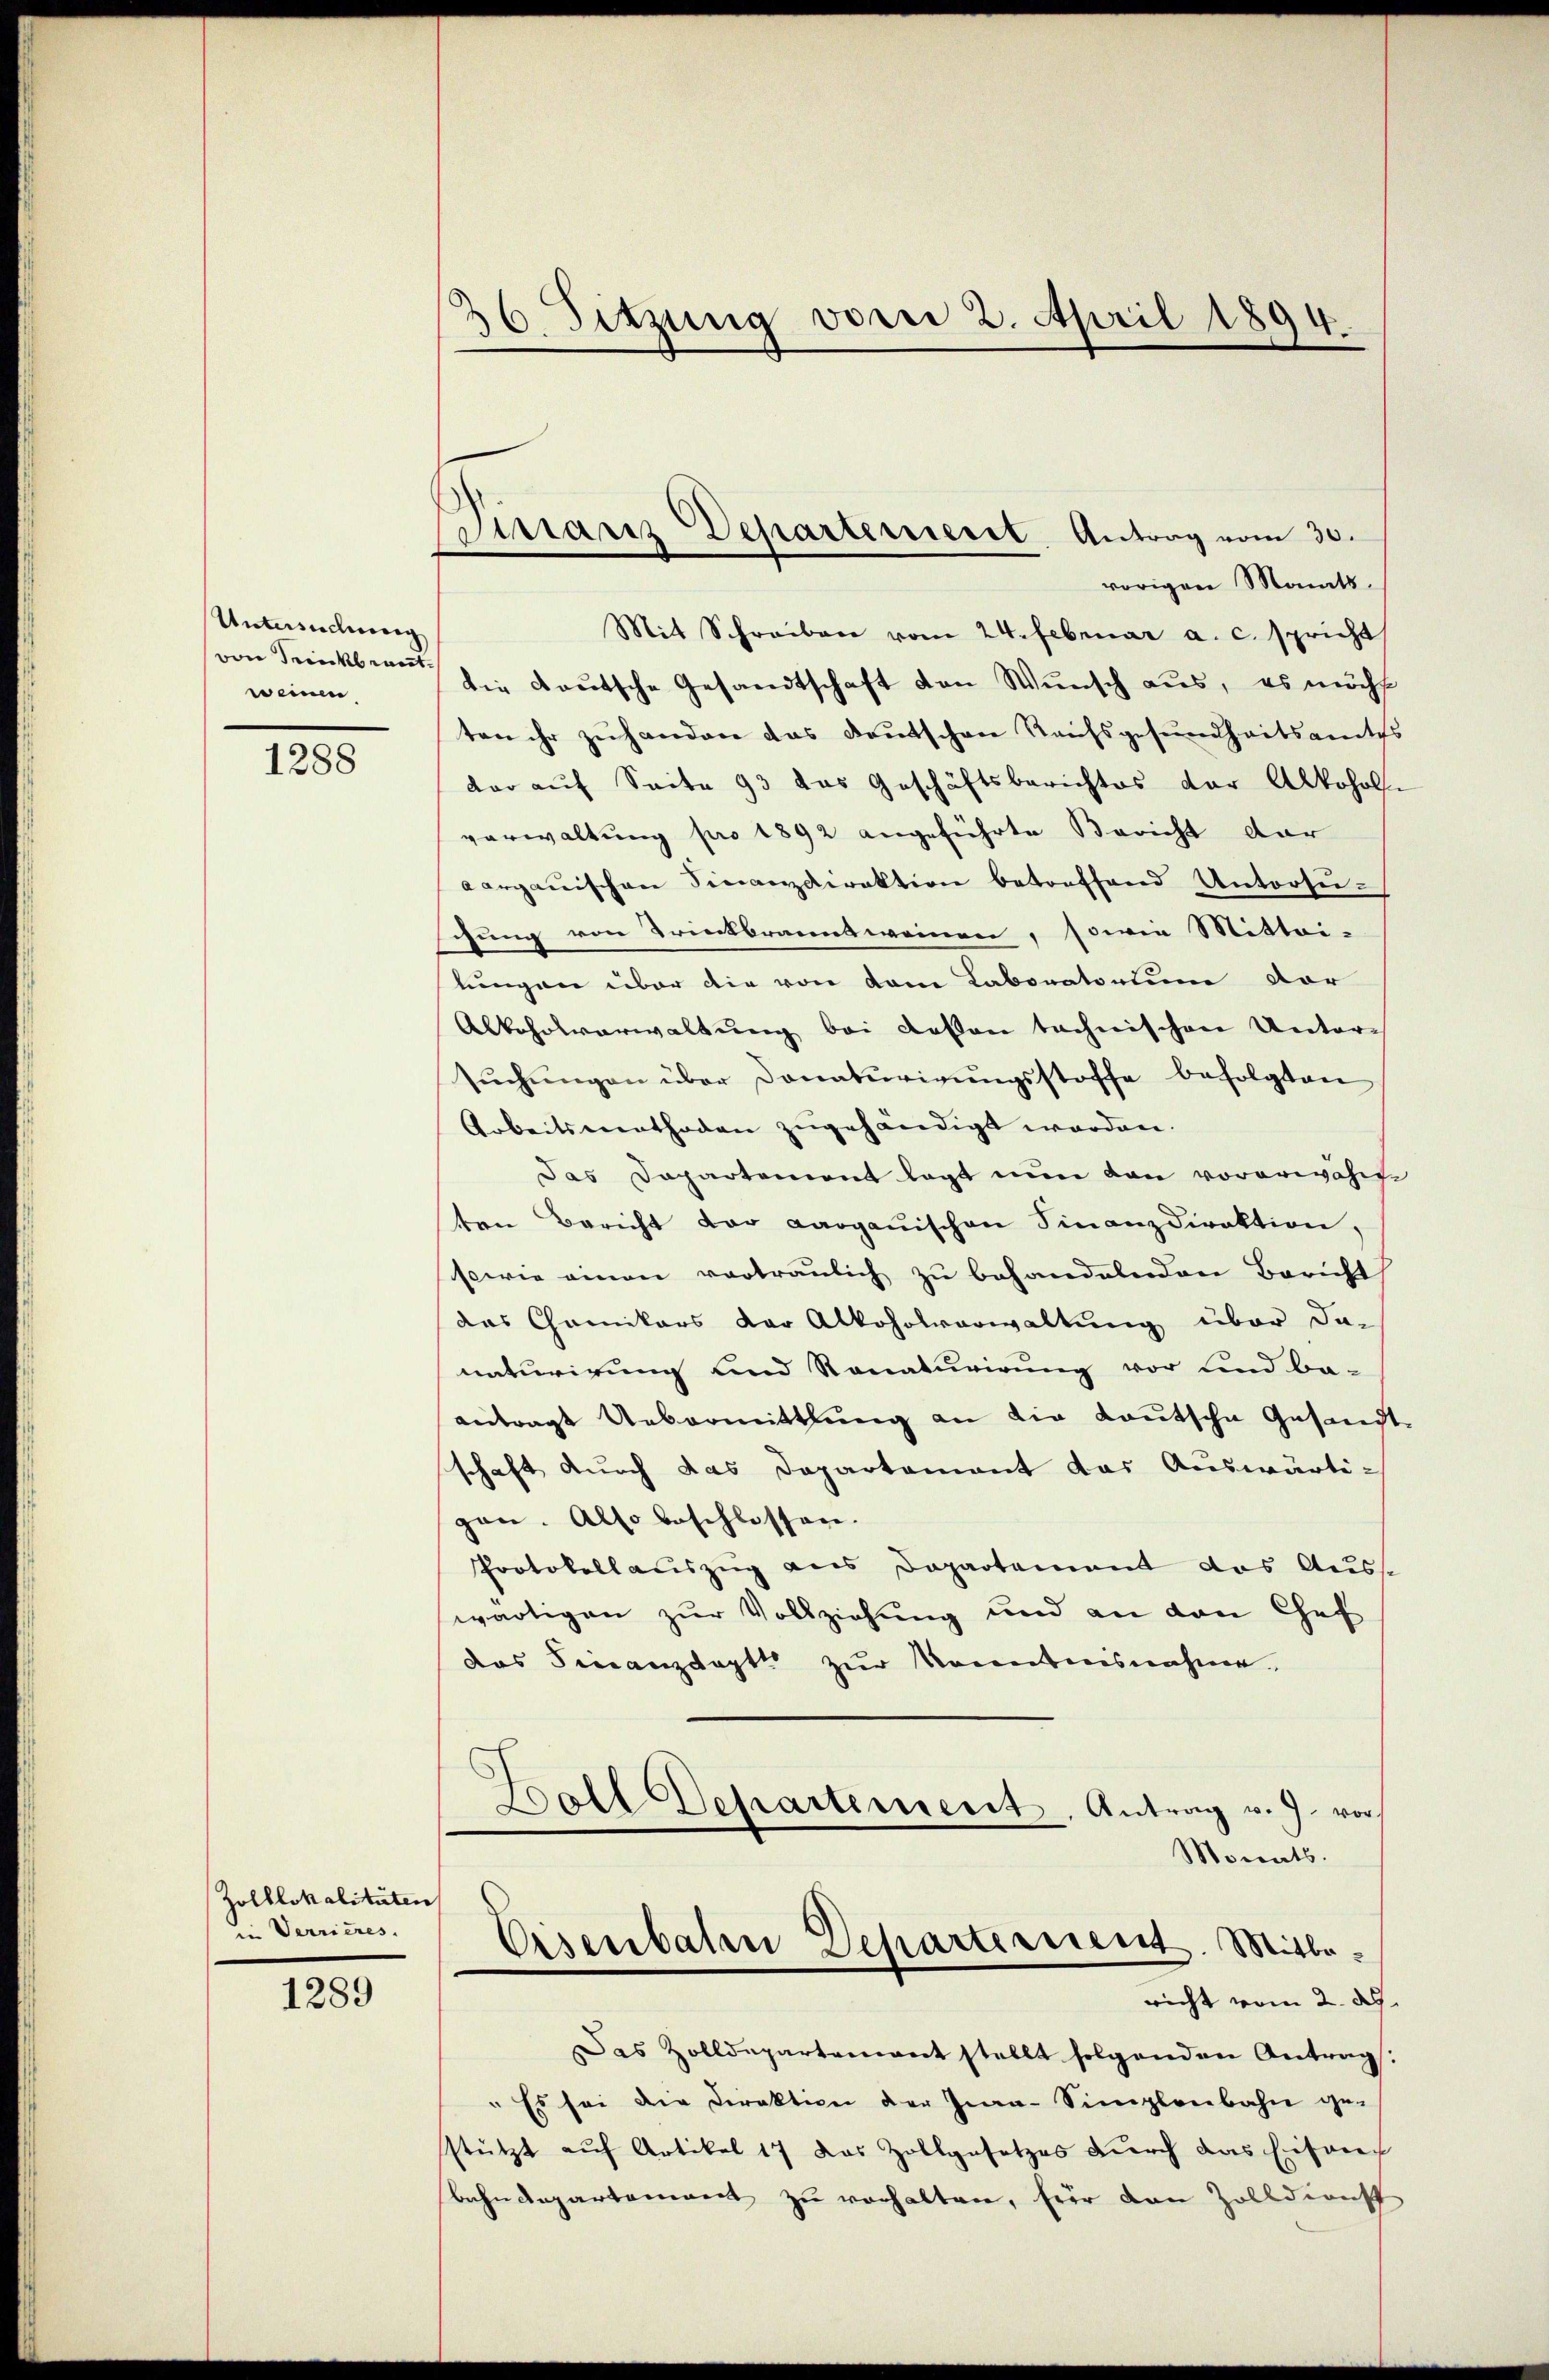
Untersuchung
von Frick runt
weinen

1288

Zolblokalitäten
in Verrieres.

1289

36. Sitzung vom 2. April 1894.

vorigen Monats.
Mit Schreiben vom 24. Februar a. c. spricht
die deutsche Gesandtschaft den Wunsch aus, es möchte
ten ihr zuhandere das Kautschene Kaufsgesundheitsamtes
dar auf Seite 93 das Geschäftsberichtes der Alkoholse
verwaltung pro 1892 angeführte Bericht dar
Aargauischen Sinanzdirektion betreffend Untersuschung von Trinkbranntweinen, sowie Mittei-
lungen über die von vom Laboratorium dor
Abkehrsverwaltung bei Kosten technischen Unter-
sŭchŭngen über Donaturirŭngsstoffe befolgten
Arbeitsmethoden zugehändigt worden.
Das Dapartement legt nun den vorerwähnte
ten Bericht der Aarganischen Finanzdirektion.
sowie einen vortraulich zu behandelnden Bericht
das Cannitors der Alkoholverwaltung über das
naturirung und Ronaturirung vor und be-
Beitragt Uebermittlung an die Kautsche Gesandt
schaft durch das Departement das Auswärtigan. Also beschlossen.
Protokollauszug aus Departement das Auss
wärtigen zur Vollziehung und an den Chef
das Finanzdeptt zur Kenntnisnahme
Boll Departement, Antrag v. J. vor
Monats.
Eisenbahre Departerrent. Mitbericht vom 2. Ap
Das Zolldepartement stellt folgenden Antrag:
" Es sei die Direktion der Ina-Simplenbahn gestützt auf Artikel 17 das Zollgesetzes durch das Eiferen
behndepartement zu verhalten, für den Zolldienst

Tirranz Departement. Antrag vom 30.